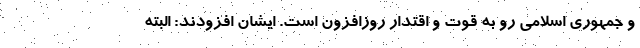
و جمهوری اسلامی رو به قوت و اقتدار روزافزون است. ایشان افزودند: البته